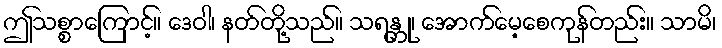
ဤသစ္စာကြောင့်။ ဒေဝါ၊ နတ်တို့သည်။ သရန္တု၊ အောက်မေ့စေကုန်တည်း။ သာမိ၊